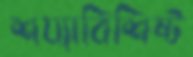
শয্যাবিশিষ্ট